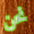
نحن